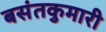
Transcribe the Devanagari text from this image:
बसंतकुमारी